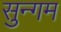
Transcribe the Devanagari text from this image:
सुन्गम